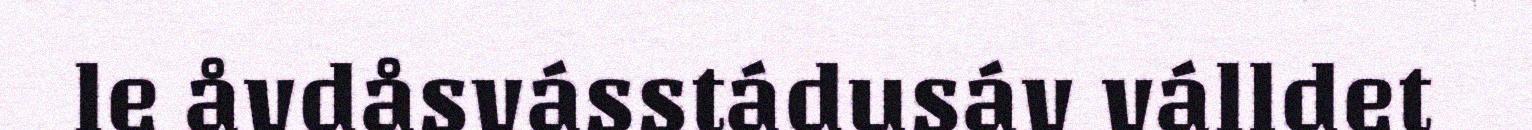
le åvdåsvásstádusáv válldet